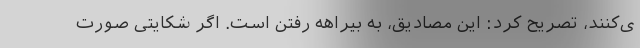
ی‌کنند، تصریح کرد: این مصادیق، به بیراهه رفتن است. اگر شکایتی صورت